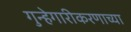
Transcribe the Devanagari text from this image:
गुन्हेगारीकरणाच्या